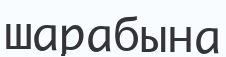
шарабына